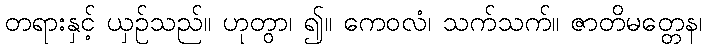
တရားနှင့် ယှဉ်သည်။ ဟုတွာ၊ ၍။ ကေဝလံ၊ သက်သက်။ ဇာတိမတ္တေန၊